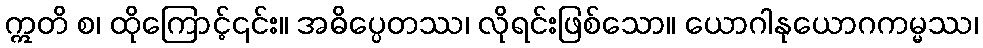
ဣတိ စ၊ ထိုကြောင့်၎င်း။ အဓိပ္ပေတဿ၊ လိုရင်းဖြစ်သော။ ယောဂါနုယောဂကမ္မဿ၊